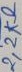
Text: 2,2KΩ